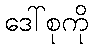
ဒေါ်စုကို